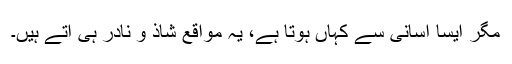
مگر ایسا آسانی سے کہاں ہوتا ہے، یہ مواقع شاذ و نادر ہی آتے ہیں۔